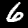
Label: 6